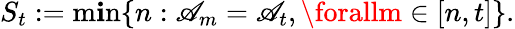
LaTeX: S_{t}:=\operatorname*{m\mathbf{i}n}\{ n:\mathscr{A}_{m}=\mathscr{A}_{t},\forallm\in[n,t]\} .